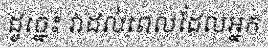
ដូច្នេះ វាដល់ពេលដែលអ្នក